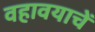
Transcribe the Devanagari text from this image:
वहावयाचें